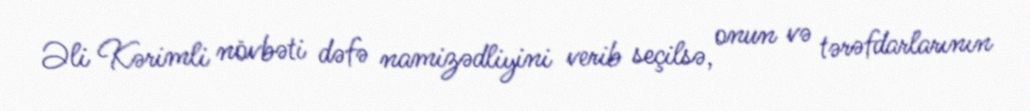
Əli Kərimli növbəti dəfə namizədliyini verib seçilsə, onun və tərəfdarlarının